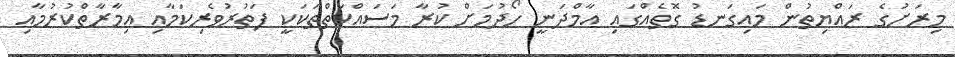
މިރަށުގެ ރައްޔިތުން މައިގަނޑު ގޮތެއްގައި އާމްދަނީ ހޯދުމަށް ކުރާ މަސައްކަތްތަކަކީ ފަތުރުވެރިކަމާއި އިމާރާތްކުރުމާއި